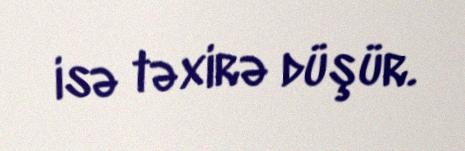
isə təxirə düşür.